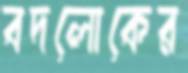
বদলোকের